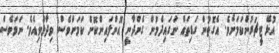
އުޅޭ ޓީޗަރުންކަމަށެވެ. އެގޮތުން ގަޑިތައް ނަގައިދެމުން ގެންދާނީ އޮންލައިންކޮށް ކަމަށްވެސް ވިދާޅުވިއެވެ. ނަމަވެސް